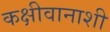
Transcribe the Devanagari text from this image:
कक्षीवानाशी